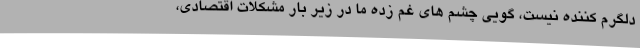
دلگرم کننده نیست، گویی چشم های غم زده ما در زیر بار مشکلات اقتصادی،